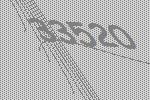
33520